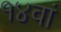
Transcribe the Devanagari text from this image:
१४वां